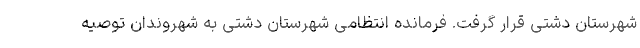
شهرستان دشتی قرار گرفت. فرمانده انتظامی شهرستان دشتی به شهروندان توصیه